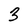
Character: 3